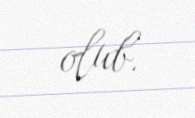
olub.